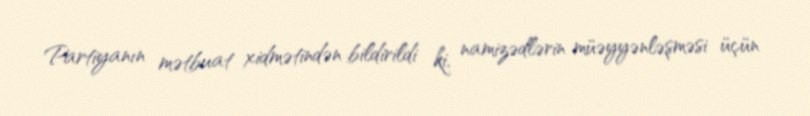
Partiyanın mətbuat xidmətindən bildirildi ki, namizədlərin müəyyənləşməsi üçün